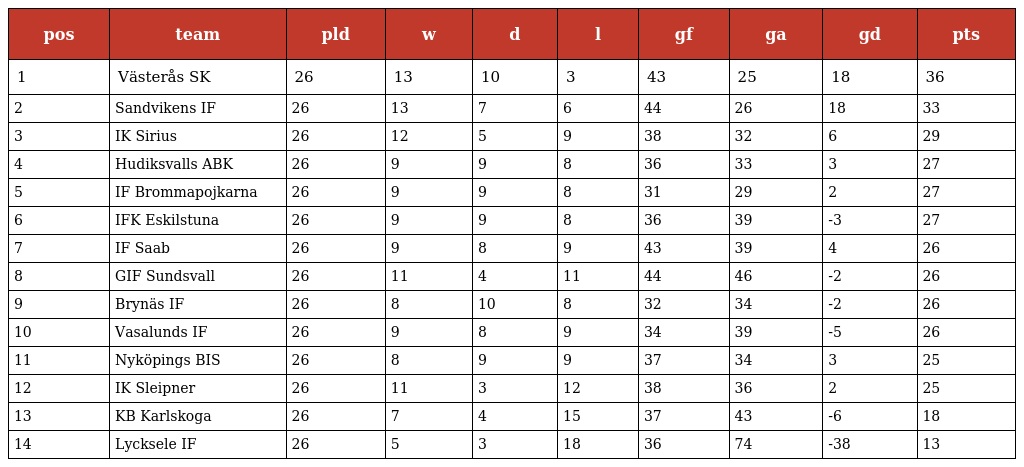
| pos | team | pld | w | d | l | gf | ga | gd | pts |
 | --- | --- | --- | --- | --- | --- | --- | --- | --- | --- |
 | 1 | Västerås SK | 26 | 13 | 10 | 3 | 43 | 25 | 18 | 36 |
 | 2 | Sandvikens IF | 26 | 13 | 7 | 6 | 44 | 26 | 18 | 33 |
 | 3 | IK Sirius | 26 | 12 | 5 | 9 | 38 | 32 | 6 | 29 |
 | 4 | Hudiksvalls ABK | 26 | 9 | 9 | 8 | 36 | 33 | 3 | 27 |
 | 5 | IF Brommapojkarna | 26 | 9 | 9 | 8 | 31 | 29 | 2 | 27 |
 | 6 | IFK Eskilstuna | 26 | 9 | 9 | 8 | 36 | 39 | -3 | 27 |
 | 7 | IF Saab | 26 | 9 | 8 | 9 | 43 | 39 | 4 | 26 |
 | 8 | GIF Sundsvall | 26 | 11 | 4 | 11 | 44 | 46 | -2 | 26 |
 | 9 | Brynäs IF | 26 | 8 | 10 | 8 | 32 | 34 | -2 | 26 |
 | 10 | Vasalunds IF | 26 | 9 | 8 | 9 | 34 | 39 | -5 | 26 |
 | 11 | Nyköpings BIS | 26 | 8 | 9 | 9 | 37 | 34 | 3 | 25 |
 | 12 | IK Sleipner | 26 | 11 | 3 | 12 | 38 | 36 | 2 | 25 |
 | 13 | KB Karlskoga | 26 | 7 | 4 | 15 | 37 | 43 | -6 | 18 |
 | 14 | Lycksele IF | 26 | 5 | 3 | 18 | 36 | 74 | -38 | 13 |